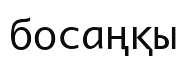
босаңқы